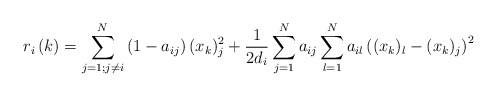
\begin{align*}r_{i}\left( k\right) =\sum_{j=1;j\neq i}^{N}\left( 1-a_{ij}\right)(x_{k})_{j}^{2}+\frac{1}{2d_{i}}\sum_{j=1}^{N}a_{ij}\sum_{l=1}^{N}a_{il}\left( (x_{k})_{l}-(x_{k})_{j}\right) ^{2} \end{align*}